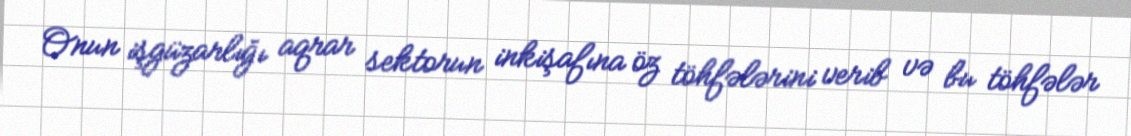
Onun işgüzarlığı aqrar sektorun inkişafına öz töhfələrini verib və bu töhfələr